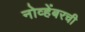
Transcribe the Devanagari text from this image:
नोव्हेंबरची